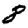
Digit: 8